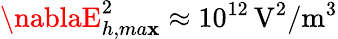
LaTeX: \nablaE_{h,ma\mathbf{x}}^{2}\approx10^{12}\, \mathrm{{V^{2}/m^{3}}}